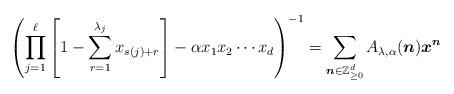
LaTeX: \begin{align*} \left( \prod_{j = 1}^{\ell} \left[ 1 - \sum_{r = 1}^{\lambda_j} x_{s (j) + r} \right] - \alpha x_1 x_2 \cdots x_d \right)^{- 1} = \sum_{\boldsymbol{n} \in \mathbb{Z}_{\geq 0}^d} A_{\lambda, \alpha} (\boldsymbol{n}) \boldsymbol{x}^{\boldsymbol{n}} \end{align*}